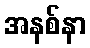
အနစ်နာ